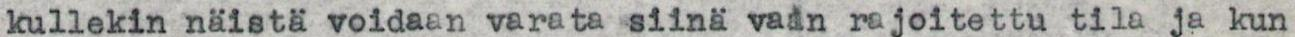
kullekin näistä voidaan varata siinä vain rajoitettu tila ja kun